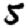
Digit: 5